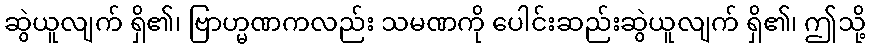
ဆွဲယူလျက် ရှိ၏၊ ဗြာဟ္မဏကလည်း သမဏကို ပေါင်းဆည်းဆွဲယူလျက် ရှိ၏၊ ဤသို့